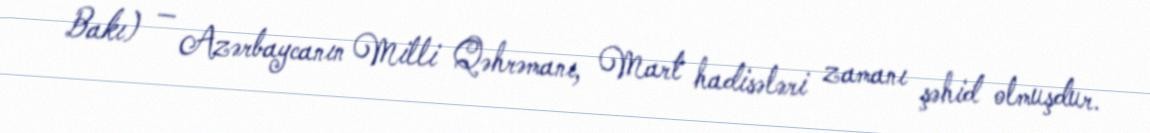
Bakı) — Azərbaycanın Milli Qəhrəmanı, Mart hadisələri zamanı şəhid olmuşdur.